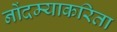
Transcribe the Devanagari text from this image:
नोंदम्याकरिता